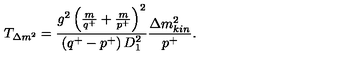
T _ { \Delta m ^ { 2 } } = \frac { g ^ { 2 } \left( \frac { m } { q ^ { + } } + \frac { m } { p ^ { + } } \right) ^ { 2 } } { \left( q ^ { + } - p ^ { + } \right) D _ { 1 } ^ { 2 } } \frac { \Delta m _ { k i n } ^ { 2 } } { p ^ { + } } .